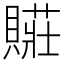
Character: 𮚛